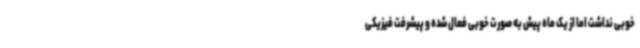
خوبی نداشت اما از یک ماه پیش به صورت خوبی فعال شده و پیشرفت فیزیکی